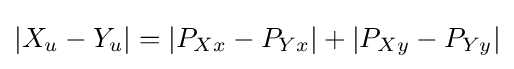
|X_{u}-Y_{u}|=|P_{Xx}-P_{Yx}|+|P_{Xy}-P_{Yy}|